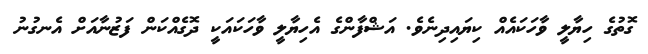
ގޮތުގެ ހިޔާލީ ވާހަކައެއް ކިޔައިދިނެވެ. އަޝްފާންގެ އެހިޔާލީ ވާހަކައަކީ ދޮގެއްކަން ފަޒުނާއަށް އެނގުނު